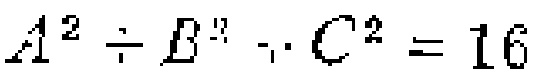
$A^{2}\div B^{2}\cdot C^{2}=16$